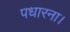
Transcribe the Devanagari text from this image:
पधारना।